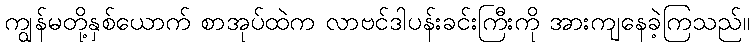
ကျွန်မတို့နှစ်ယောက် စာအုပ်ထဲက လာဗင်ဒါပန်းခင်းကြီးကို အားကျနေခဲ့ကြသည်။